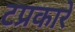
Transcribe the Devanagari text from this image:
टप्रकारे